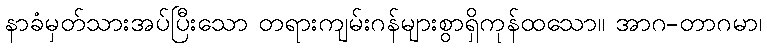
နာခံမှတ်သားအပ်ပြီးသော တရားကျမ်းဂန်များစွာရှိကုန်ထသော။ အာဂ-တာဂမာ၊